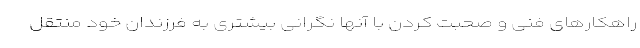
راهکارهای فنی و صحبت کردن با آنها نگرانی بیشتری به فرزندان خود منتقل